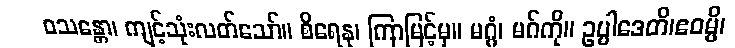
ဝသန္တော၊ ကျင့်သုံးလတ်သော်။ စိရေနု၊ ကြာမြင့်မှ။ မဂ္ဂံ၊ မဂ်ကို။ ဥပ္ပါဒေတိ၊ဧဝမ္ပိ၊